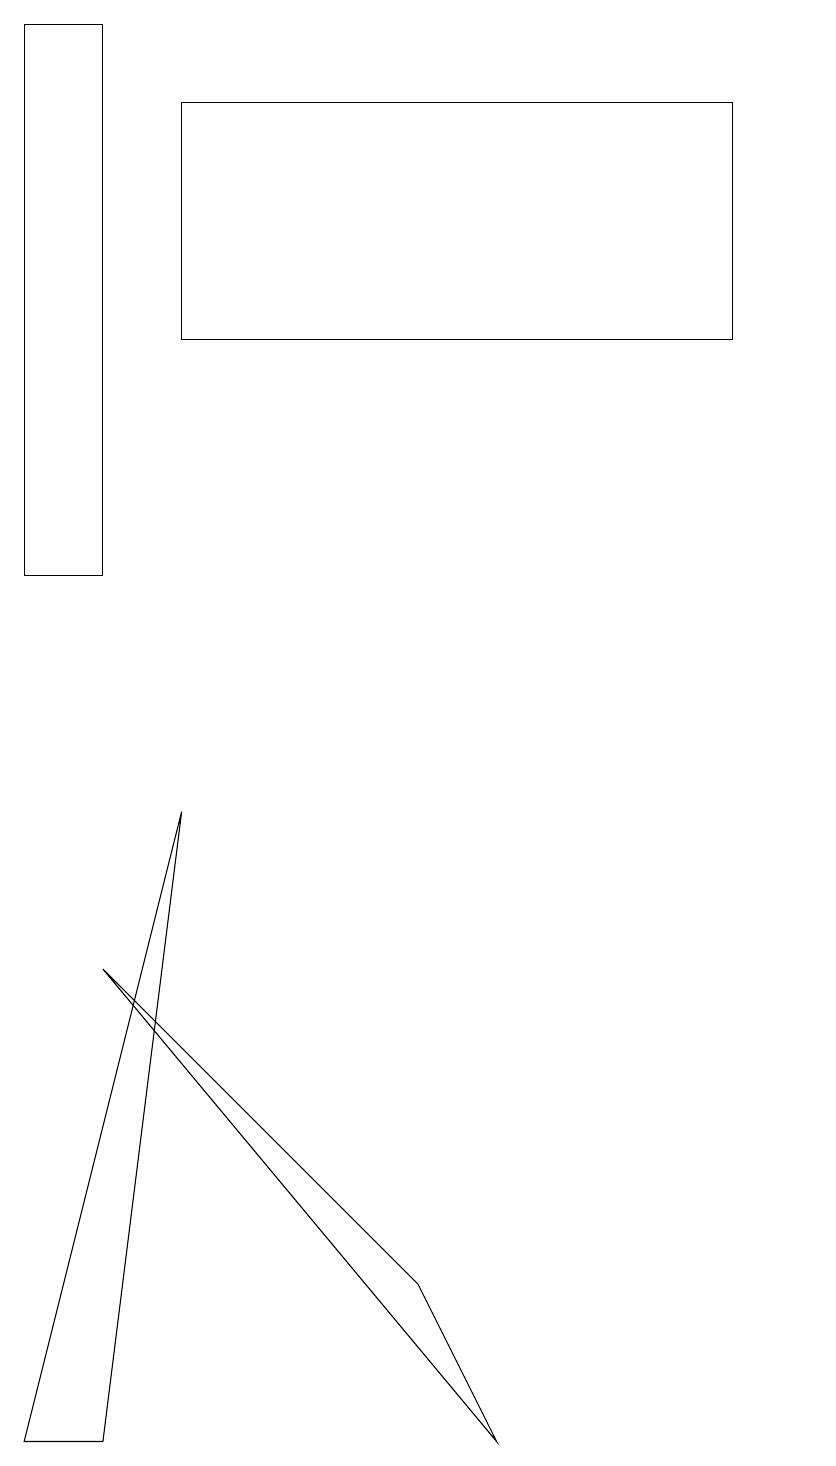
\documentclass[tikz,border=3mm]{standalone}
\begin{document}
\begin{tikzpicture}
\draw (10,10) circle (0);
\draw (1,19) rectangle (0,12);
\draw (2,18) rectangle (9,15);
\draw (2,9) -- (1,1) -- (0,1) -- cycle;
\draw (1,7) -- (6,1) -- (5,3) -- cycle;
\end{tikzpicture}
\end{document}